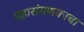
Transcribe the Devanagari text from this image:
महासंगणकाचा